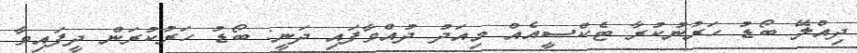
ދިއްލޭ ބޯޑު ހަރުނުކުރާ ޓެކްސީއެއް މިއަދު ދުއްވާފައި ދަނީ: ބޯޑު ހަރުކުރަން ދީފައިވާ